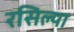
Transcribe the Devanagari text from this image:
रसिल्या